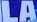
LA